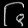
Digit: ၆